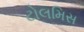
ટોલમિસ